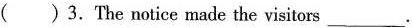
( ) 3. The notice made the visitors___.